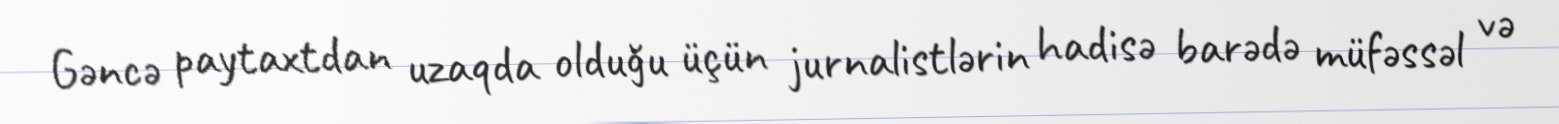
Gəncə paytaxtdan uzaqda olduğu üçün jurnalistlərin hadisə barədə müfəssəl və